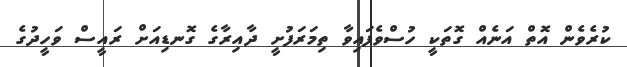
ކުރެވެން އޮތް އަނެއް ގޮތަކީ ހުސްވެފައިވާ ތިމަރަފުށީ ދާއިރާގެ ގޮނޑިއަށް ރައީސް ވަހީދުގެ